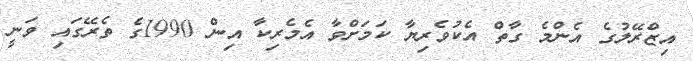
އިޒްރޭލުގެ އެންމެ ގާތް އެކުވެރިޔާ ކަމަށްވާ އެމެރިކާ އިން 1990ގެ ތެރޭގައި ވަނީ